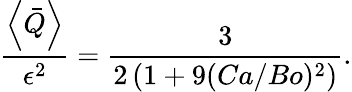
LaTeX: \frac{\left<\bar{Q}\right>}{\epsilon^{2}}=\frac{3}{2\left(1+9(Ca/Bo)^{2}\right)}.